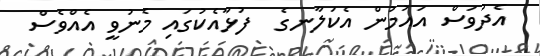
އެދުވަސް އައުމުން އެކަލާނގެ  ފުޅާއެކުގައި މެނުވީ އެއްވެސް